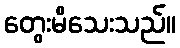
တွေးမိသေးသည်။